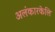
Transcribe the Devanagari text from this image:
अलंकारकेलि